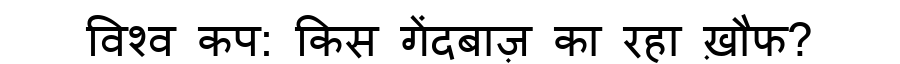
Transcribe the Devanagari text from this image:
विश्व कप: किस गेंदबाज़ का रहा ख़ौफ?